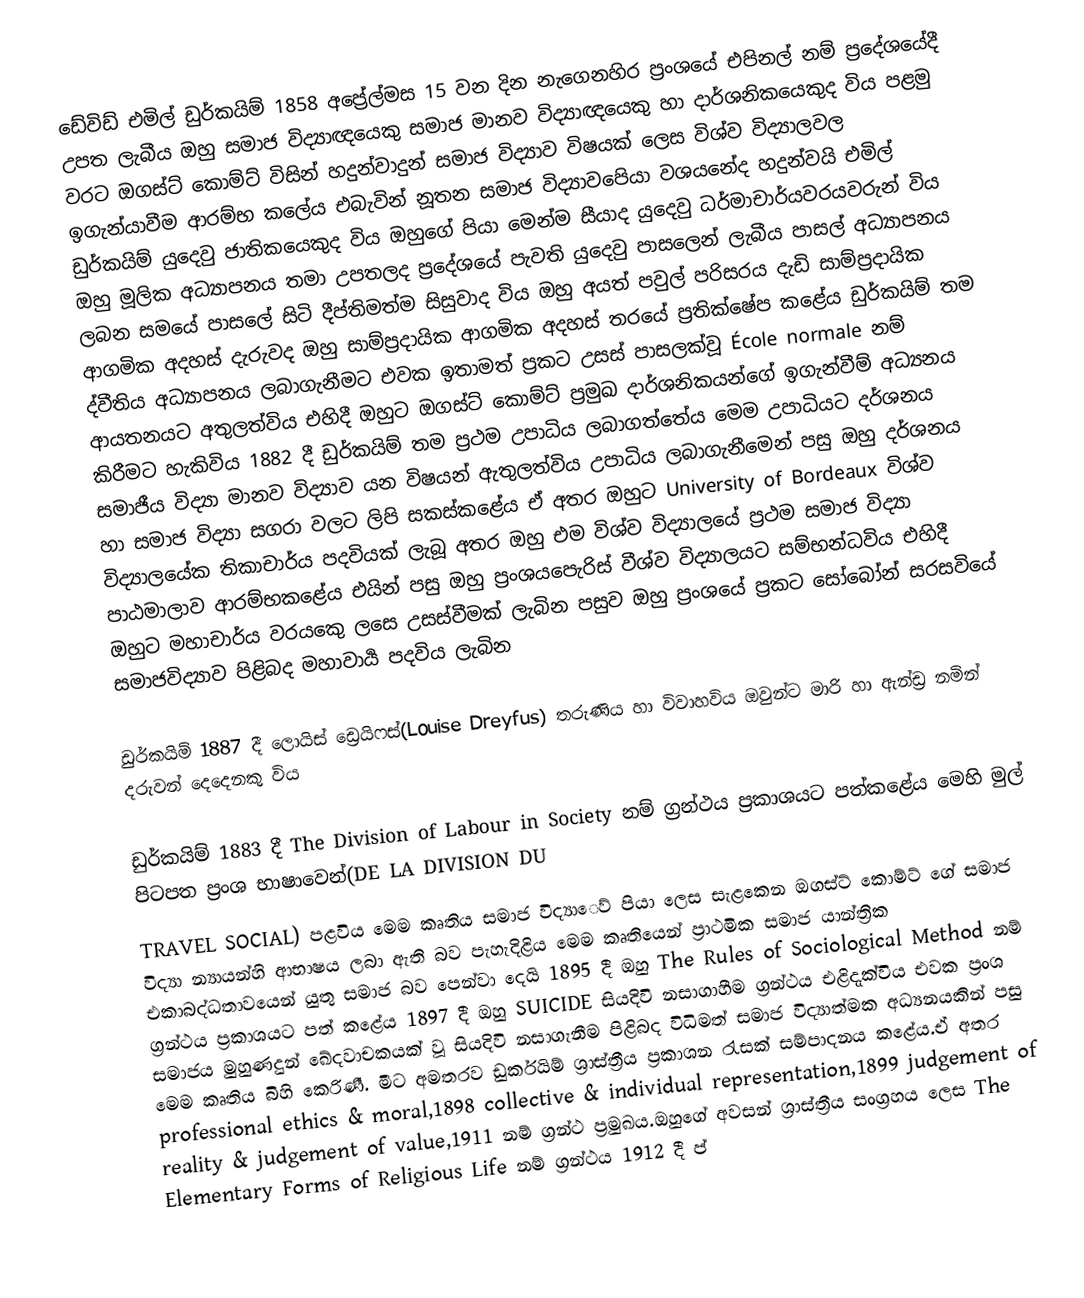
ඩේවිඩ් එමිල් ඩුර්කයිම් 1858 අප්‍රේල්මස 15 වන දින නැගෙනහිර  ප්‍රංශයේ එපිනල් නම් ප්‍රදේශයේදී උපත ලැබීය ඔහු සමාජ විද්‍යාඥයෙකු සමාජ මානව විද්‍යාඥයෙකු හා දාර්ශනිකයෙකුද විය පළමු වරට ඔගස්ට් කොම්ට් විසින් හදුන්වාදුන් සමාජ විද්‍යාව විෂයක් ලෙස විශ්ව විද්‍යාලවල ඉගැන්යාවීම ආරම්භ කලේය එබැවින් නූතන සමාජ විද්‍යාවපෙියා වශයනේද හදුන්වයි   එමිල් ඩුර්කයිම් යුදෙවු ජාතිකයෙකුද විය ඔහුගේ පියා මෙන්ම සීයාද යුදෙවු ධර්මාචාර්යවරයවරුන් විය ඔහු මූලික අධ්‍යාපනය තමා උපතලද ප්‍රදේශයේ පැවති යුදෙවු පාසලෙන් ලැබීය පාසල් අධ්‍යාපනය ලබන සමයේ පාසලේ සිටි දීප්තිමත්ම සිසුවාද විය ඔහු අයත් පවුල් පරිසරය දැඩි සාම්ප්‍රදායික ආගමික අදහස් දැරුවද ඔහු සාම්ප්‍රදායික ආගමික අදහස් තරයේ ප්‍රතික්ෂේප කළේය ඩුර්කයිම් තම ද්වීතිය අධ්‍යාපනය ලබාගැනීමට එවක ඉතාමත් ප්‍රකට උසස් පාසලක්වූ École normale නම් ආයතනයට අතුලත්විය එහිදී ඔහුට ඔගස්ට් කොම්ට් ප්‍රමුඛ දාර්ශනිකයන්ගේ ඉගැන්වීම් අධ්‍යනය කිරීමට හැකිවිය 1882 දී ඩුර්කයිම් තම ප්‍රථම උපාධිය ලබාගත්තේය මෙම උපාධියට දර්ශනය සමාජීය විද්‍යා මානව විද්‍යාව යන විෂයන් ඇතුලත්විය උපාධිය ලබාගැනීමෙන් පසු ඔහු දර්ශනය හා සමාජ විද්‍යා සගරා වලට ලිපි සකස්කළේය ඒ අතර ඔහුට University of Bordeaux විශ්ව  විද්‍යාලයේක තිකාචාර්ය පදවියක් ලැබූ අතර ඔහු එම විශ්ව විද්‍යාලයේ ප්‍රථම සමාජ විද්‍යා පාඨමාලාව ආරම්භකළේය එයින් පසු ඔහු ප්‍රංශයපෙැරිස් වීශ්ව විද්‍යාලයට සම්භන්ධවිය එහිදී ඔහුට මහාචාර්ය වරයකෙු ලසෙ උසස්වීමක් ලැබින පසුව ඔහු ප්‍රංශයේ ප්‍රකට සෝබෝන් සරසවියේ සමාජවිද්‍යාව පිළිබද මහාවාර්‍ය පදවිය ලැබින

ඩුර්කයිම් 1887 දී ලොයිස් ඩ්‍රෙයිෆස්(Louise Dreyfus) තරුණිය හා විවාහවිය ඔවුන්ට මාරි හා ඇන්ඩ්‍ර නමින් දරුවන් දෙදෙනකු විය

ඩුර්කයිම් 1883 දී The Division of Labour in Society නම් ග්‍රන්ථය ප්‍රකාශයට පත්කළේය මෙහි මුල් පිටපත ප්‍රංශ භාෂාවෙන්(DE LA DIVISION DU
TRAVEL SOCIAL) පළවිය මෙම කෘතිය සමාජ විද්‍යාෙව් පියා ලෙස සැළකෙන ඔගස්ට් කොම්ට් ගේ සමාජ විද්‍යා න්‍යායන්හි ආභාෂය ලබා ඇති බව පැහැදිළිය මෙම කෘතියෙන් ප්‍රාථමික සමාජ යාන්ත්‍රික එකාබද්ධතාවයෙන් යුතු සමාජ බව පෙන්වා දෙයි 1895 දී ඔහු The Rules of Sociological Method නම් ග්‍රන්ථය ප්‍රකාශයට පත් කළේය 1897 දී ඔහු SUICIDE සියදිවි නසාගාහීම ග්‍රන්ථය එළිදැක්විය එවක ප්‍රංශ සමාජය මුහුණදුන් ඛේදවාචකයක් වූ සියදිවි නසාගැනීම පිළිබද විධිමත් සමාජ විද්‍යාත්මක අධ්‍යනයකින් පසු මෙම කෘතිය බිහි කෙරිණී. මීට අමතරව ඩුර්කයිම් ශ්‍රාස්ත්‍රීය ප්‍රකාශන රැසක් සම්පාදනය කළේය.ඒ අතර professional ethics & moral,1898 collective & individual representation,1899 judgement  of reality & judgement of value,1911 නම් ග්‍රන්ථ ප්‍රමුඛය.ඔහුගේ අවසන් ශ්‍රාස්ත්‍රීය සංග්‍රහය ලෙස The Elementary Forms of Religious Life නම් ග්‍රන්ථය 1912 දී ප්‍